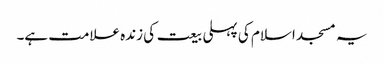
یہ مسجد اسلام کی پہلی بیعت کی زندہ علامت ہے۔